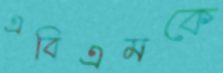
এবিএমকে